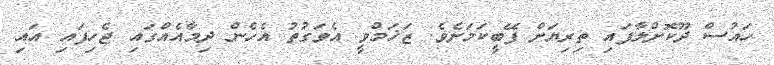
ހައުސް ދޫކޮށްލާފައި ތިރިޔަށް ފޭބީކަމަށެވެ. ޒަޚަމްވީ އެވަގުތު އެހެން ދިމާއެއްގައި ޖެހިފައި އައި